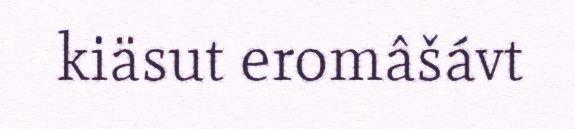
kiäsut eromâšávt